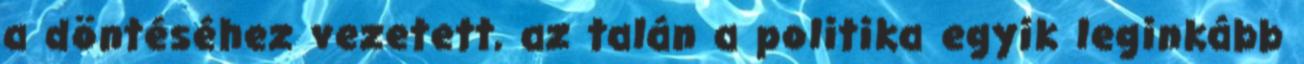
a döntéséhez vezetett, az talán a politika egyik leginkább